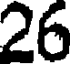
26